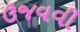
ઉજવવી